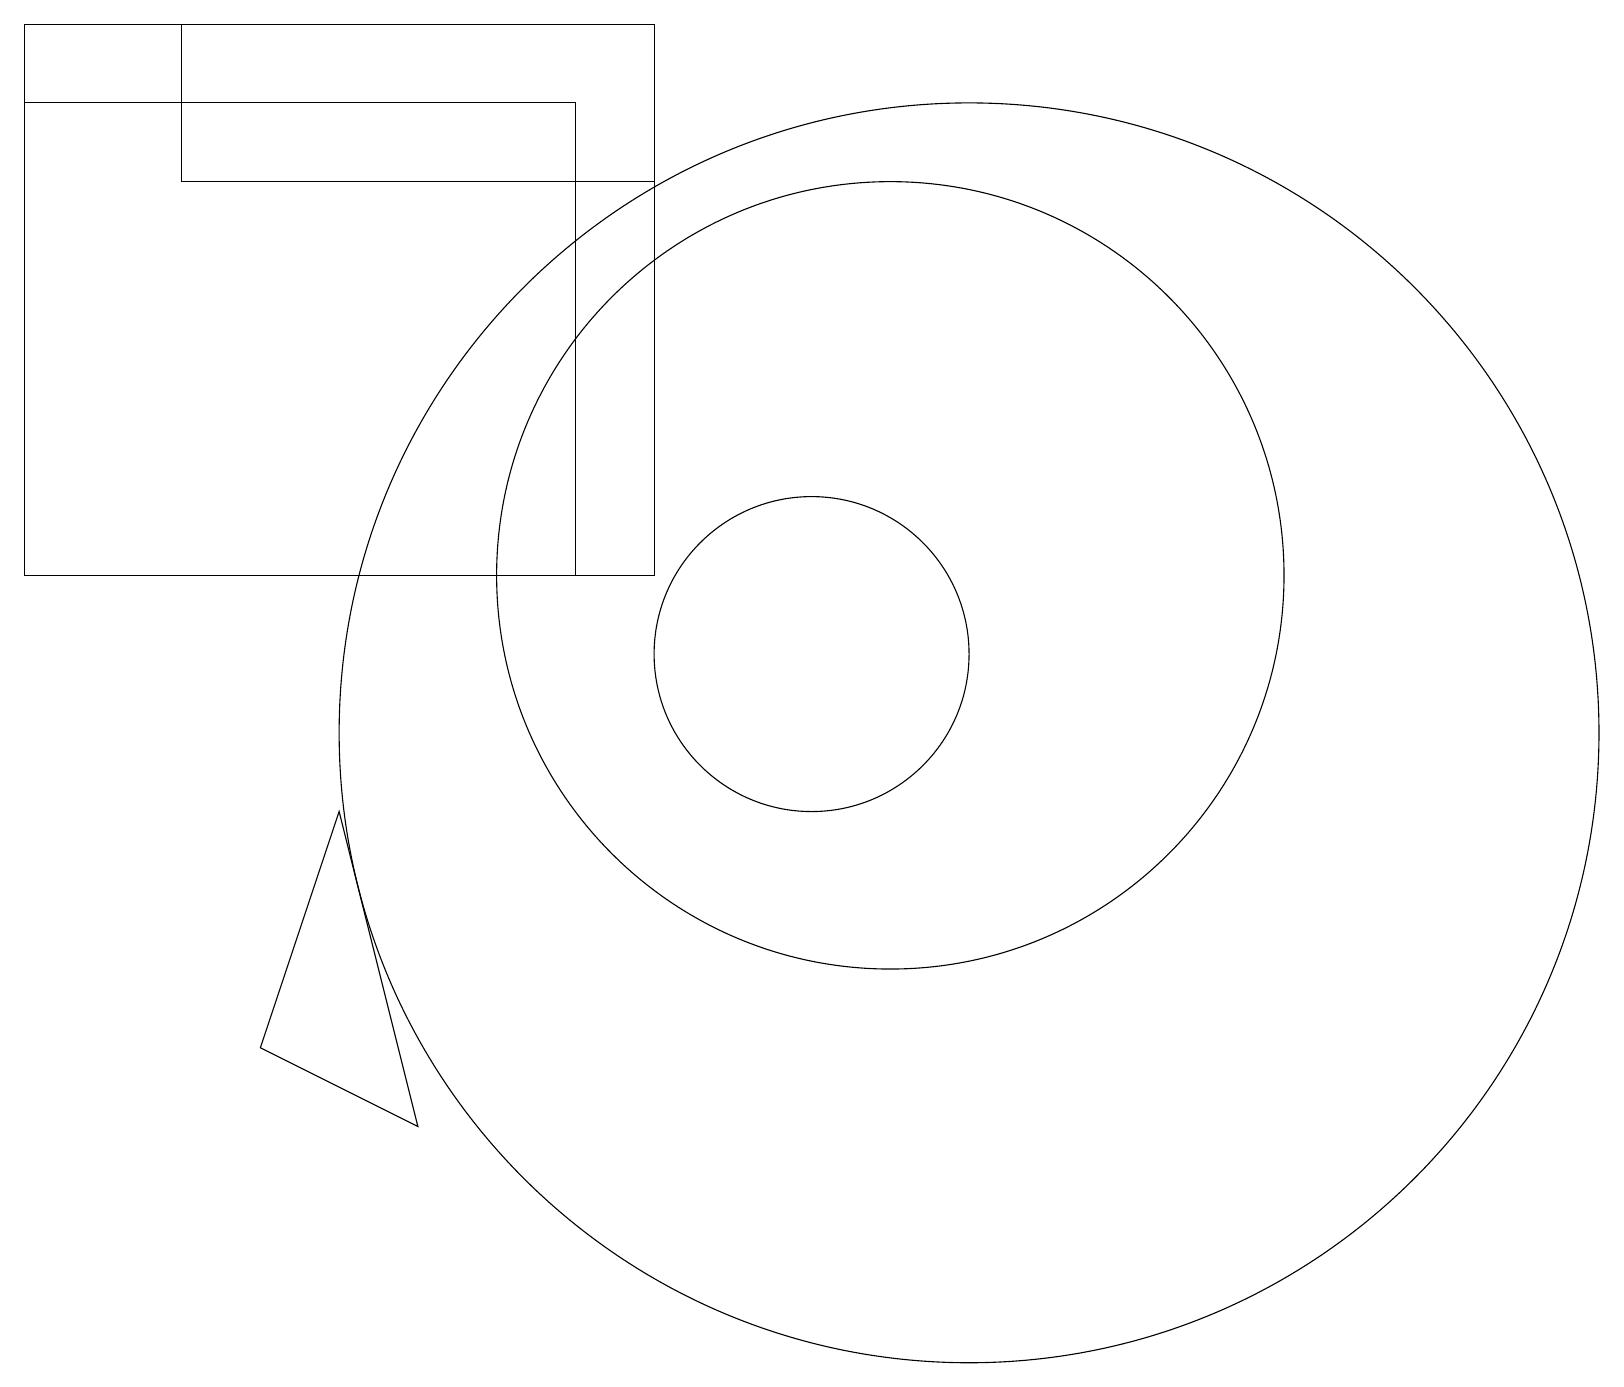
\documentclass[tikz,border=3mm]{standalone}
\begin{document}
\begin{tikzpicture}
\draw (4,9) -- (3,6) -- (5,5) -- cycle;
\draw (0,12) rectangle (8,19);
\draw (11,12) circle (0);
\draw (11,12) circle (5);
\draw (2,17) rectangle (8,19);
\draw (12,10) circle (8);
\draw (10,11) circle (2);
\draw (7,18) rectangle (0,12);
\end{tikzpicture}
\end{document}